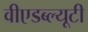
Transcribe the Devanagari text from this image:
वीएडब्ल्यूटी